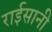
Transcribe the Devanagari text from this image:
राईसानी